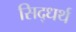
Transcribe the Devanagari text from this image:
सिद्धर्थ